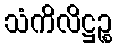
သံကိလိဋ္ဌဉ္စ